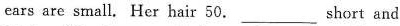
ears are small. Her hair 50. ___ short